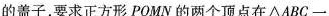
的盖子，要求正方形PQMN的两个顶点在△ABC一